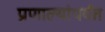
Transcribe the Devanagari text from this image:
प्रणाल्यांपर्यंत